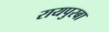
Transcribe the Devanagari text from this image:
रायपुरबा